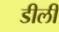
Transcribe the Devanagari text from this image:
डीली